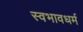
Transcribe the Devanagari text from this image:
स्वभावधर्म